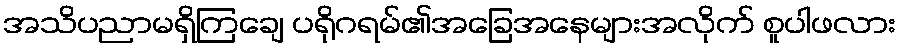
အသိပညာမရှိကြချေ ပရိုဂရမ်၏အခြေအနေများအလိုက် စူပါဖလား